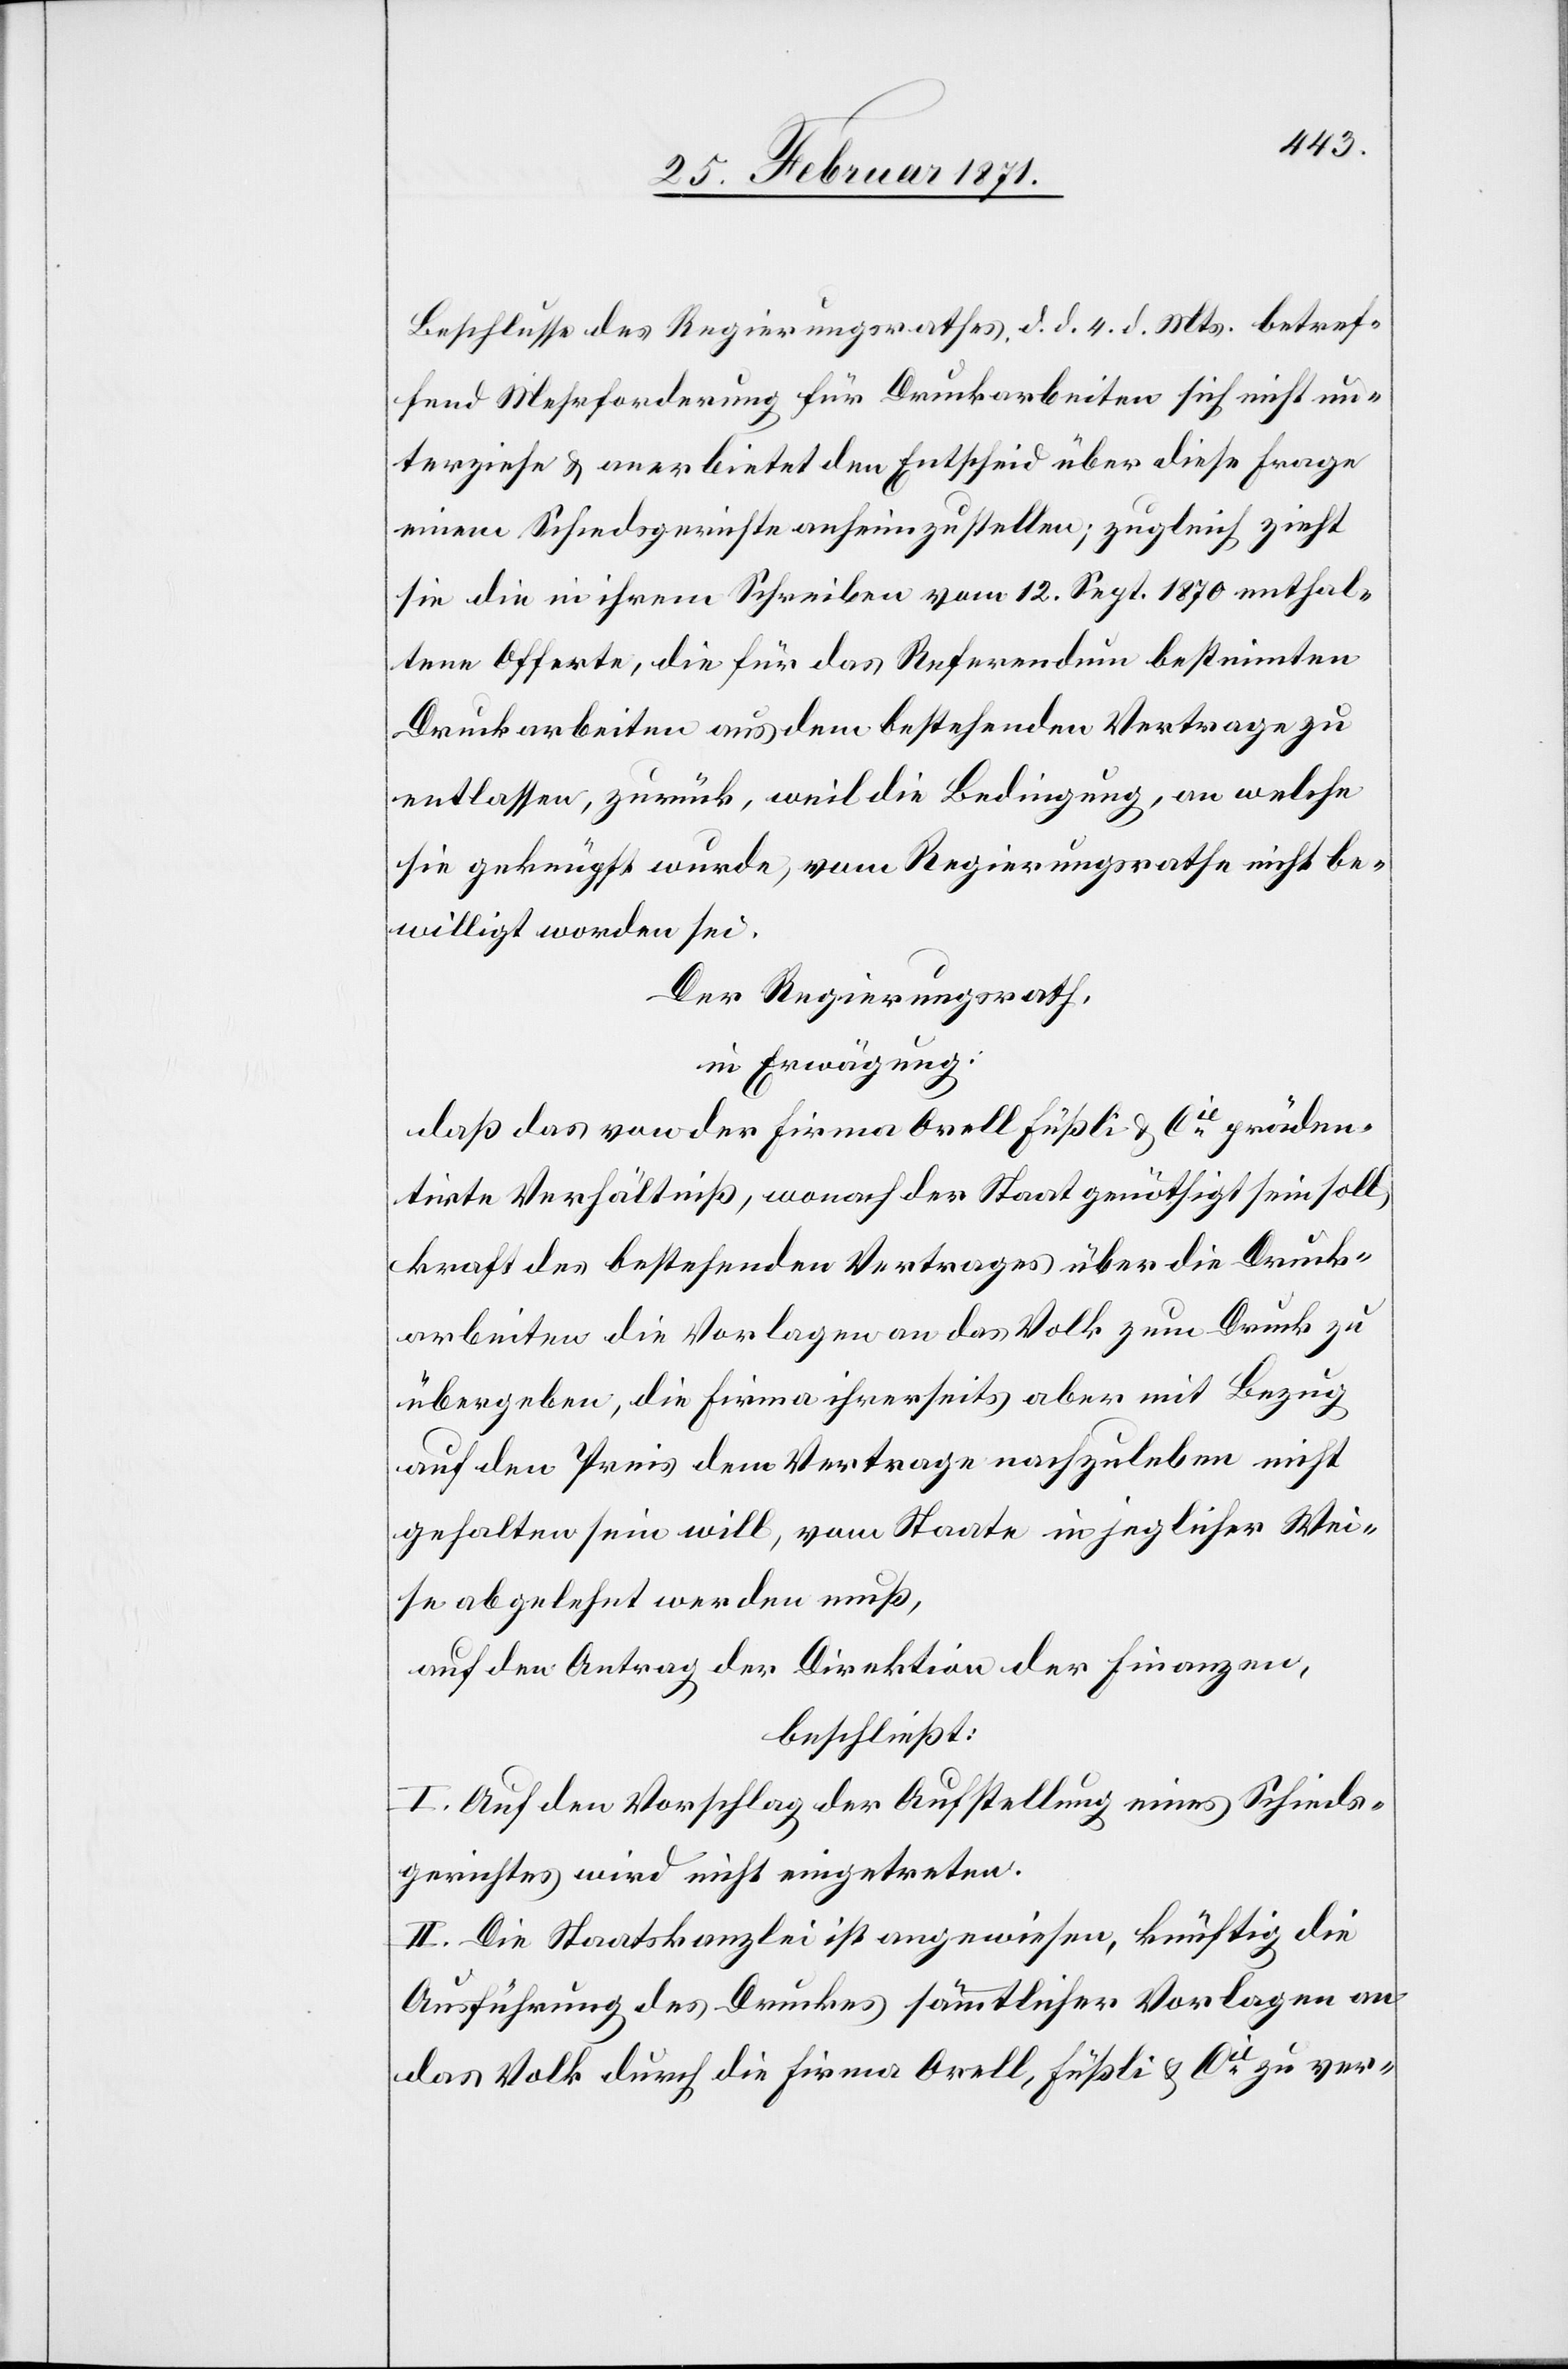
Beschlusse des Regierungsrathes, d. d. 4. d. Mts. betref¬
fend Mehrforderung für Druckarbeiten sich nicht un¬
terziehe u. anerbietet den Entscheid über diese Frage
einem Schiedsgerichte anheim zu stellen; zugleich zieht
sie die in ihrem Schreiben vom 12. Sept. 1870 enthal¬
tene Offerte, die für das Referendum bestimmten
Druckarbeiten aus dem bestehenden Vertrage zu
entlassen, zurück, weil die Bedingung, an welche
sie geknüpft wurde, vom Regierungsrathe nicht be¬
willigt worden sei.
Der Regierungsrath,
in Erwägung:
daß das von der Firma Orell, Füßli & Cie. präden¬
tirte Verhältniß, wonach der Staat genöthigt sein soll,
kraft des bestehenden Vertrages über die Druck¬
arbeiten die Vorlagen an das Volk zum Druck zu
übergeben, die Firma ihrerseits aber mit Bezug
auf den Preis dem Vertrage nachzuleben nicht
gehalten sein will, vom Staate in jeglicher Wei¬
se abgelehnt werden muß,
auf den Antrag der Direktion der Finanzen,
beschließt:
I. Auf den Vorschlag der Aufstellung eines Schieds¬
gerichtes wird nicht eingetreten.
II. Die Staatskanzlei ist angewiesen, künftig die
Ausführung des Druckes sämmtlicher Vorlagen an
das Volk durch die Firma Orell, Füßli & Cie. zu ver-